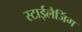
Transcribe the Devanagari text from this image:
स्टाईलैजिंग